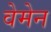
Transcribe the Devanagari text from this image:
वेमेन